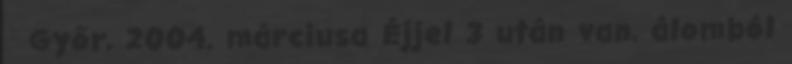
Győr, 2004. márciusa Éjjel 3 után van, álomból